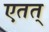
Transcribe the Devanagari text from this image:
एतत्‌